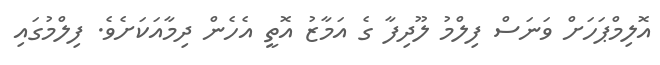
އޮލިމްޕަހަށް ވަނަސް ފިލްމު ލޫދިފާ ގެ އަމާޒު އޮތީ އެހެން ދިމާއަކަށެވެ. ފިލްމުގައި